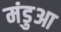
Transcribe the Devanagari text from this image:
मंडुआ